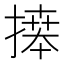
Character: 𢳎